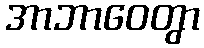
အာဘာဝေတွာ